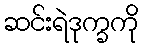
ဆင်းရဲဒုက္ခကို